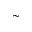
\sim